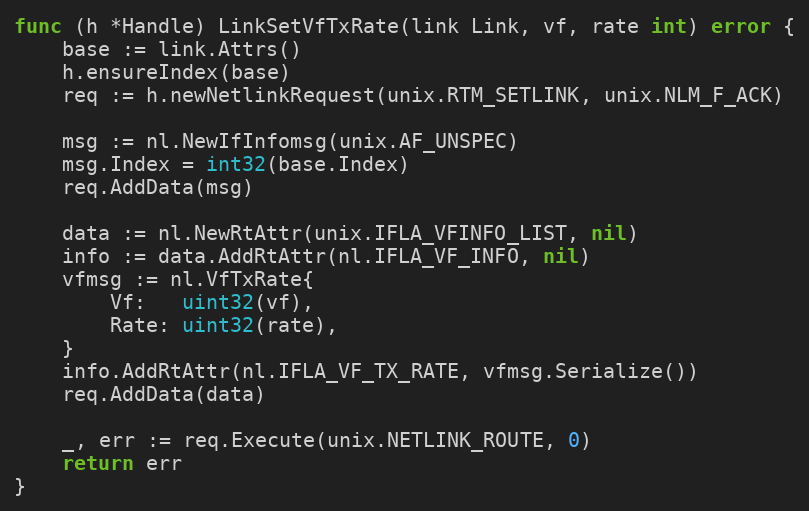
Language: Go
func (h *Handle) LinkSetVfTxRate(link Link, vf, rate int) error {
	base := link.Attrs()
	h.ensureIndex(base)
	req := h.newNetlinkRequest(unix.RTM_SETLINK, unix.NLM_F_ACK)

	msg := nl.NewIfInfomsg(unix.AF_UNSPEC)
	msg.Index = int32(base.Index)
	req.AddData(msg)

	data := nl.NewRtAttr(unix.IFLA_VFINFO_LIST, nil)
	info := data.AddRtAttr(nl.IFLA_VF_INFO, nil)
	vfmsg := nl.VfTxRate{
		Vf:   uint32(vf),
		Rate: uint32(rate),
	}
	info.AddRtAttr(nl.IFLA_VF_TX_RATE, vfmsg.Serialize())
	req.AddData(data)

	_, err := req.Execute(unix.NETLINK_ROUTE, 0)
	return err
}